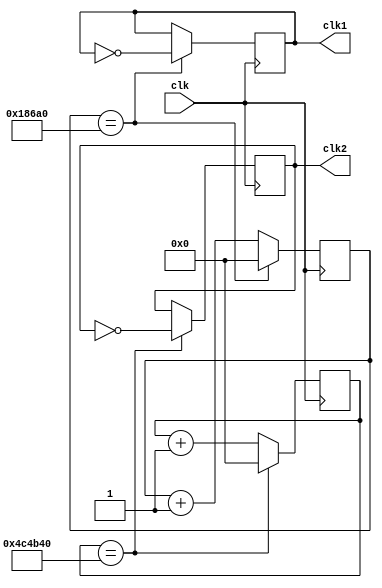
module scan(clk,clk1,clk2);
input clk;
output clk1,clk2;
reg clk1,clk2;
reg[24:0] counter1,counter2;

initial
begin
clk1<=0;clk2<=0;
counter1<=0;counter2<=0;
end

always@(posedge clk)
begin
if(counter1==100000)
  begin 
  counter1=0;
  clk1=~clk1;
  end
else 
  begin
  counter1=counter1+1;
  end
end

always@(posedge clk)
begin
if(counter2==5000000)
  begin 
  counter2=0;
  clk2=~clk2;
  end
else
  begin
  counter2=counter2+1;
  end
end

endmodule